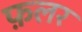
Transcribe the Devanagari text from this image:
फ़लर